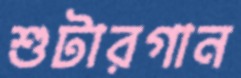
শুটারগান